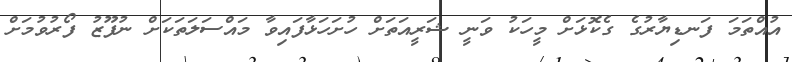
އުއްތަމަ ފަނޑިޔާރުގެ ގެކޮޅަށް މީހަކު ވަނީ ޝަރީއަތަށް ހުށަހަޅާފައިވާ މައްސަލަތަކަށް ނުފޫޒު ފޯރުވުމަށް